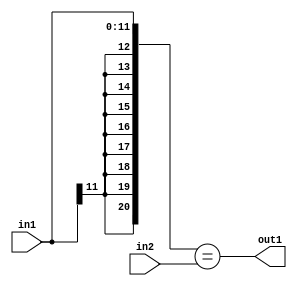
`timescale 1ps / 1ps
/*****************************************************************************
    Verilog RTL Description
    
    
    Created by: Stratus DpOpt 2019.1.01 
*******************************************************************************/

module st_feature_addr_gen_Equal_16Ux12S_1U_1 (
	in2,
	in1,
	out1
	); /* architecture "behavioural" */ 
input [15:0] in2;
input [11:0] in1;
output  out1;
wire  asc001;

assign asc001 = ({{9{in1[11]}}, in1}==in2);

assign out1 = asc001;
endmodule

/* CADENCE  ubL4Tgk= : u9/ySgnWtBlWxVPRXgAZ4Og= ** DO NOT EDIT THIS LINE ******/